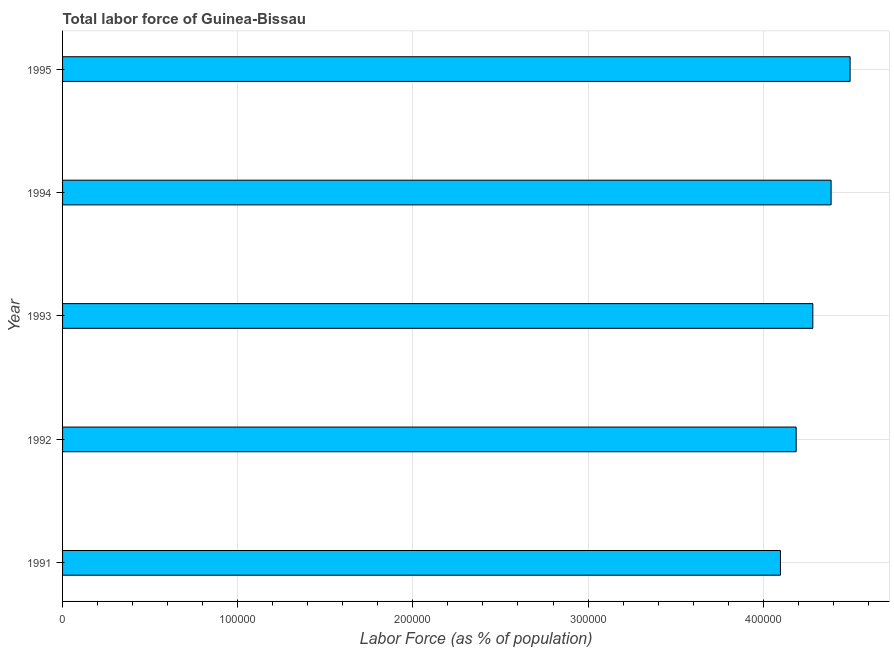
| Year | Labor force |
 | --- | --- |
 | 1991 | 4.1e+05 |
 | 1992 | 4.19e+05 |
 | 1993 | 4.28e+05 |
 | 1994 | 4.39e+05 |
 | 1995 | 4.5e+05 |